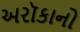
અરૉકાનો